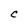
Character: C